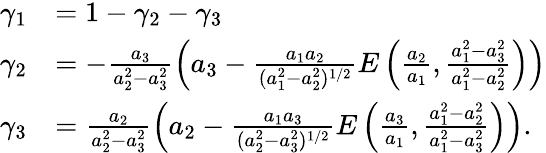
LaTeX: \begin{array}{rl}{\gamma_{1}}&{=1-\gamma_{2}-\gamma_{3}}\\ {\gamma_{2}}&{=-\frac{a_{3}}{a_{2}^{2}-a_{3}^{2}}\left(a_{3}-\frac{a_{1}a_{2}}{(a_{1}^{2}-a_{2}^{2})^{1/2}}E\left(\frac{a_{2}}{a_{1}},\frac{a_{1}^{2}-a_{3}^{2}}{a_{1}^{2}-a_{2}^{2}}\right)\right)}\\ {\gamma_{3}}&{=\frac{a_{2}}{a_{2}^{2}-a_{3}^{2}}\left(a_{2}-\frac{a_{1}a_{3}}{(a_{2}^{2}-a_{3}^{2})^{1/2}}E\left(\frac{a_{3}}{a_{1}},\frac{a_{1}^{2}-a_{2}^{2}}{a_{1}^{2}-a_{3}^{2}}\right)\right).}\end{array}